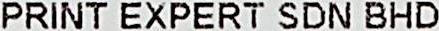
PRINT EXPERT SDN BHD